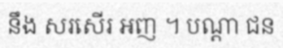
នឹង សរសើរ អញ ។ បណ្តា ជន